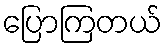
ပြောကြတယ်